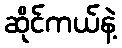
ဆိုင်ကယ်နဲ့